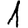
Digit: 1